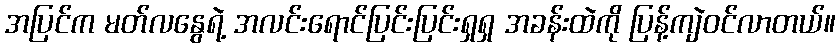
အပြင်က မတ်လနွေရဲ့ အလင်းရောင်ပြင်းပြင်းရှရှ အခန်းထဲကို ပြန့်ကျဲဝင်လာတယ်။